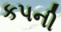
કપની